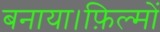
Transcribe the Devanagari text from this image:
बनाया।फ़िल्मों